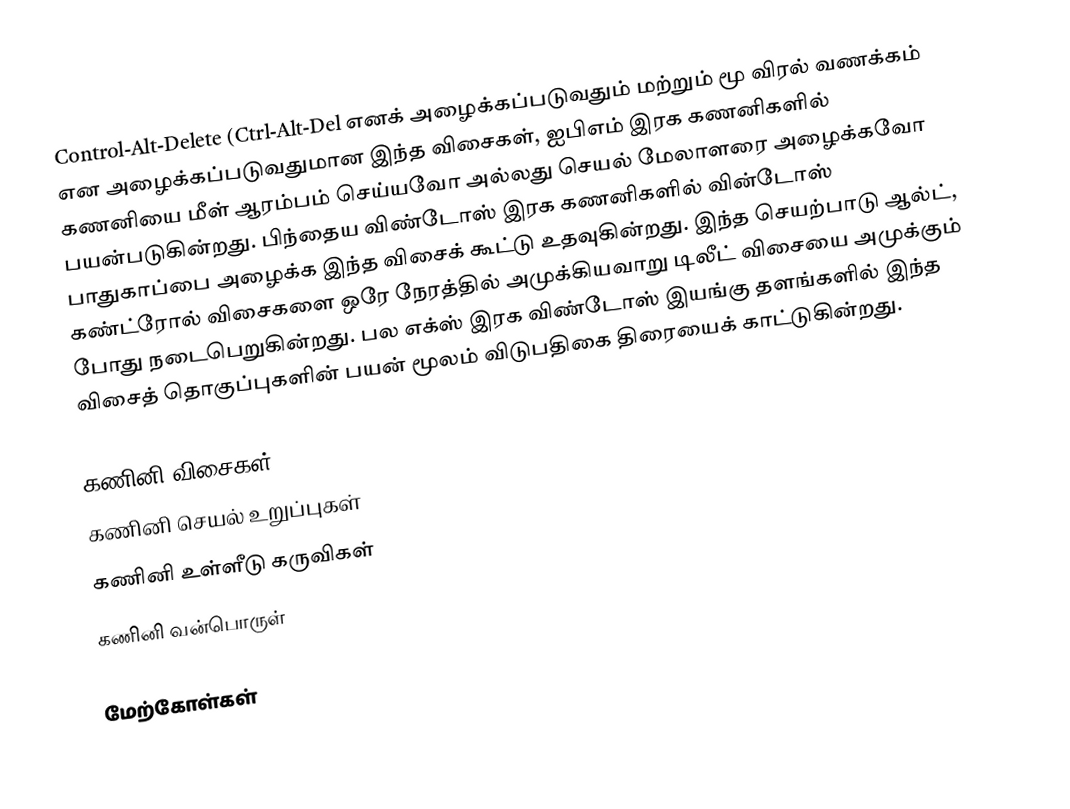
Control-Alt-Delete (Ctrl-Alt-Del எனக் அழைக்கப்படுவதும் மற்றும் மூ விரல் வணக்கம் என அழைக்கப்படுவதுமான இந்த விசைகள், ஐபிஎம் இரக கணனிகளில் கணனியை மீள் ஆரம்பம் செய்யவோ அல்லது செயல் மேலாளரை அழைக்கவோ பயன்படுகின்றது. பிந்தைய விண்டோஸ் இரக கணனிகளில் வின்டோஸ் பாதுகாப்பை அழைக்க இந்த விசைக் கூட்டு உதவுகின்றது. இந்த செயற்பாடு ஆல்ட், கண்ட்ரோல் விசைகளை ஒரே நேரத்தில் அமுக்கியவாறு டிலீட் விசையை அமுக்கும் போது நடைபெறுகின்றது. பல எக்ஸ் இரக விண்டோஸ் இயங்கு தளங்களில் இந்த விசைத் தொகுப்புகளின் பயன் மூலம் விடுபதிகை திரையைக் காட்டுகின்றது.

கணினி விசைகள்
கணினி செயல் உறுப்புகள்
கணினி உள்ளீடு கருவிகள்
கணினி வன்பொருள்

மேற்கோள்கள்